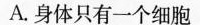
A.身体只有一个细胞